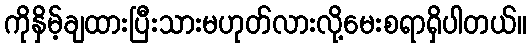
ကိုနှိမ့်ချထားပြီးသားမဟုတ်လားလို့မေးစရာရှိပါတယ်။